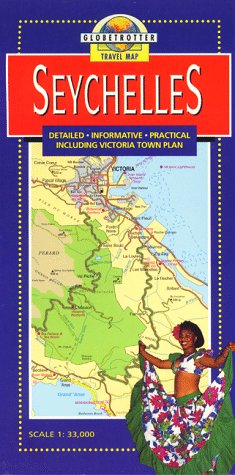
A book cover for Seychelles Travel Map (Globetrotter Maps); Globetrotter; Travel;